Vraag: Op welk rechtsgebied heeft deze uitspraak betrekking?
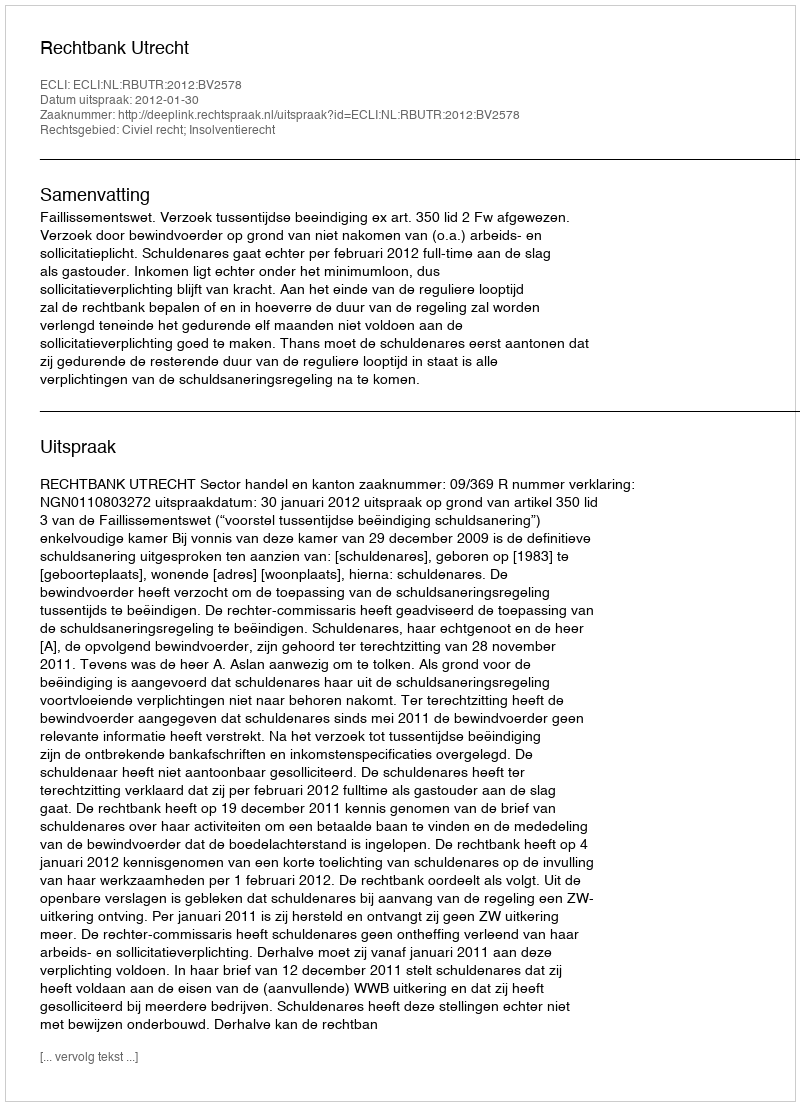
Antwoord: Civiel recht; Insolventierecht